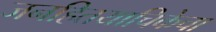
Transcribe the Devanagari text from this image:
जनहितयाचिकेचा